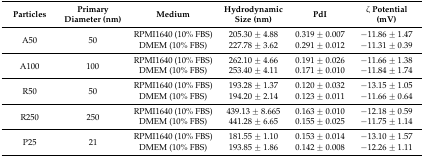
| Particles | Primary Diameter (nm) | Medium | Hydrodynamic Size (nm) | PdI | ζ Potential (mV) |
 | --- | --- | --- | --- | --- | --- |
 | <ROWSPAN=2> A50 | <ROWSPAN=2> 50 | RPMI1640 (10% FBS) | 205.30 ± 4.88 | 0.319 ± 0.007 | −11.86 ± 1.47 |
 | DMEM (10% FBS) | 227.78 ± 3.62 | 0.291 ± 0.012 | −11.31 ± 0.39 |
 | <ROWSPAN=2> A100 | <ROWSPAN=2> 100 | RPMI1640 (10% FBS) | 262.10 ± 4.66 | 0.191 ± 0.026 | −11.66 ± 1.38 |
 | DMEM (10% FBS) | 253.40 ± 4.11 | 0.171 ± 0.010 | −11.84 ± 1.74 |
 | <ROWSPAN=2> R50 | <ROWSPAN=2> 50 | RPMI1640 (10% FBS) | 193.28 ± 1.37 | 0.120 ± 0.032 | −13.15 ± 1.05 |
 | DMEM (10% FBS) | 194.20 ± 2.14 | 0.123 ± 0.011 | −11.66 ± 0.64 |
 | <ROWSPAN=2> R250 | <ROWSPAN=2> 250 | RPMI1640 (10% FBS) | 439.13 ± 8.665 | 0.163 ± 0.010 | −12.18 ± 0.59 |
 | DMEM (10% FBS) | 441.28 ± 6.65 | 0.155 ± 0.025 | −11.75 ± 1.14 |
 | <ROWSPAN=2> P25 | <ROWSPAN=2> 21 | RPMI1640 (10% FBS) | 181.55 ± 1.10 | 0.153 ± 0.014 | −13.10 ± 1.57 |
 | DMEM (10% FBS) | 193.85 ± 1.86 | 0.142 ± 0.008 | −12.26 ± 1.11 |